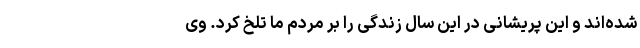
شده‌اند و این پریشانی در این سال زندگی را بر مردم ما تلخ کرد. وی